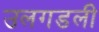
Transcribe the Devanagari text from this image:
उलगडली